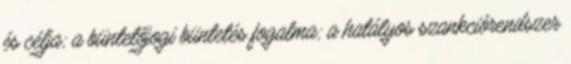
és célja; a büntetőjogi büntetés fogalma; a hatályos szankciórendszer